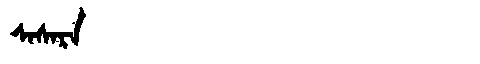
Manchu: ᠰᠠᠰᠠᡵᠠ
Romanization: SASARA